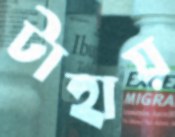
টাহায়